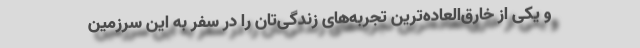
و یکی از خارق‌العاده‌ترین تجربه‌های زندگی‌تان را در سفر به این سرزمین